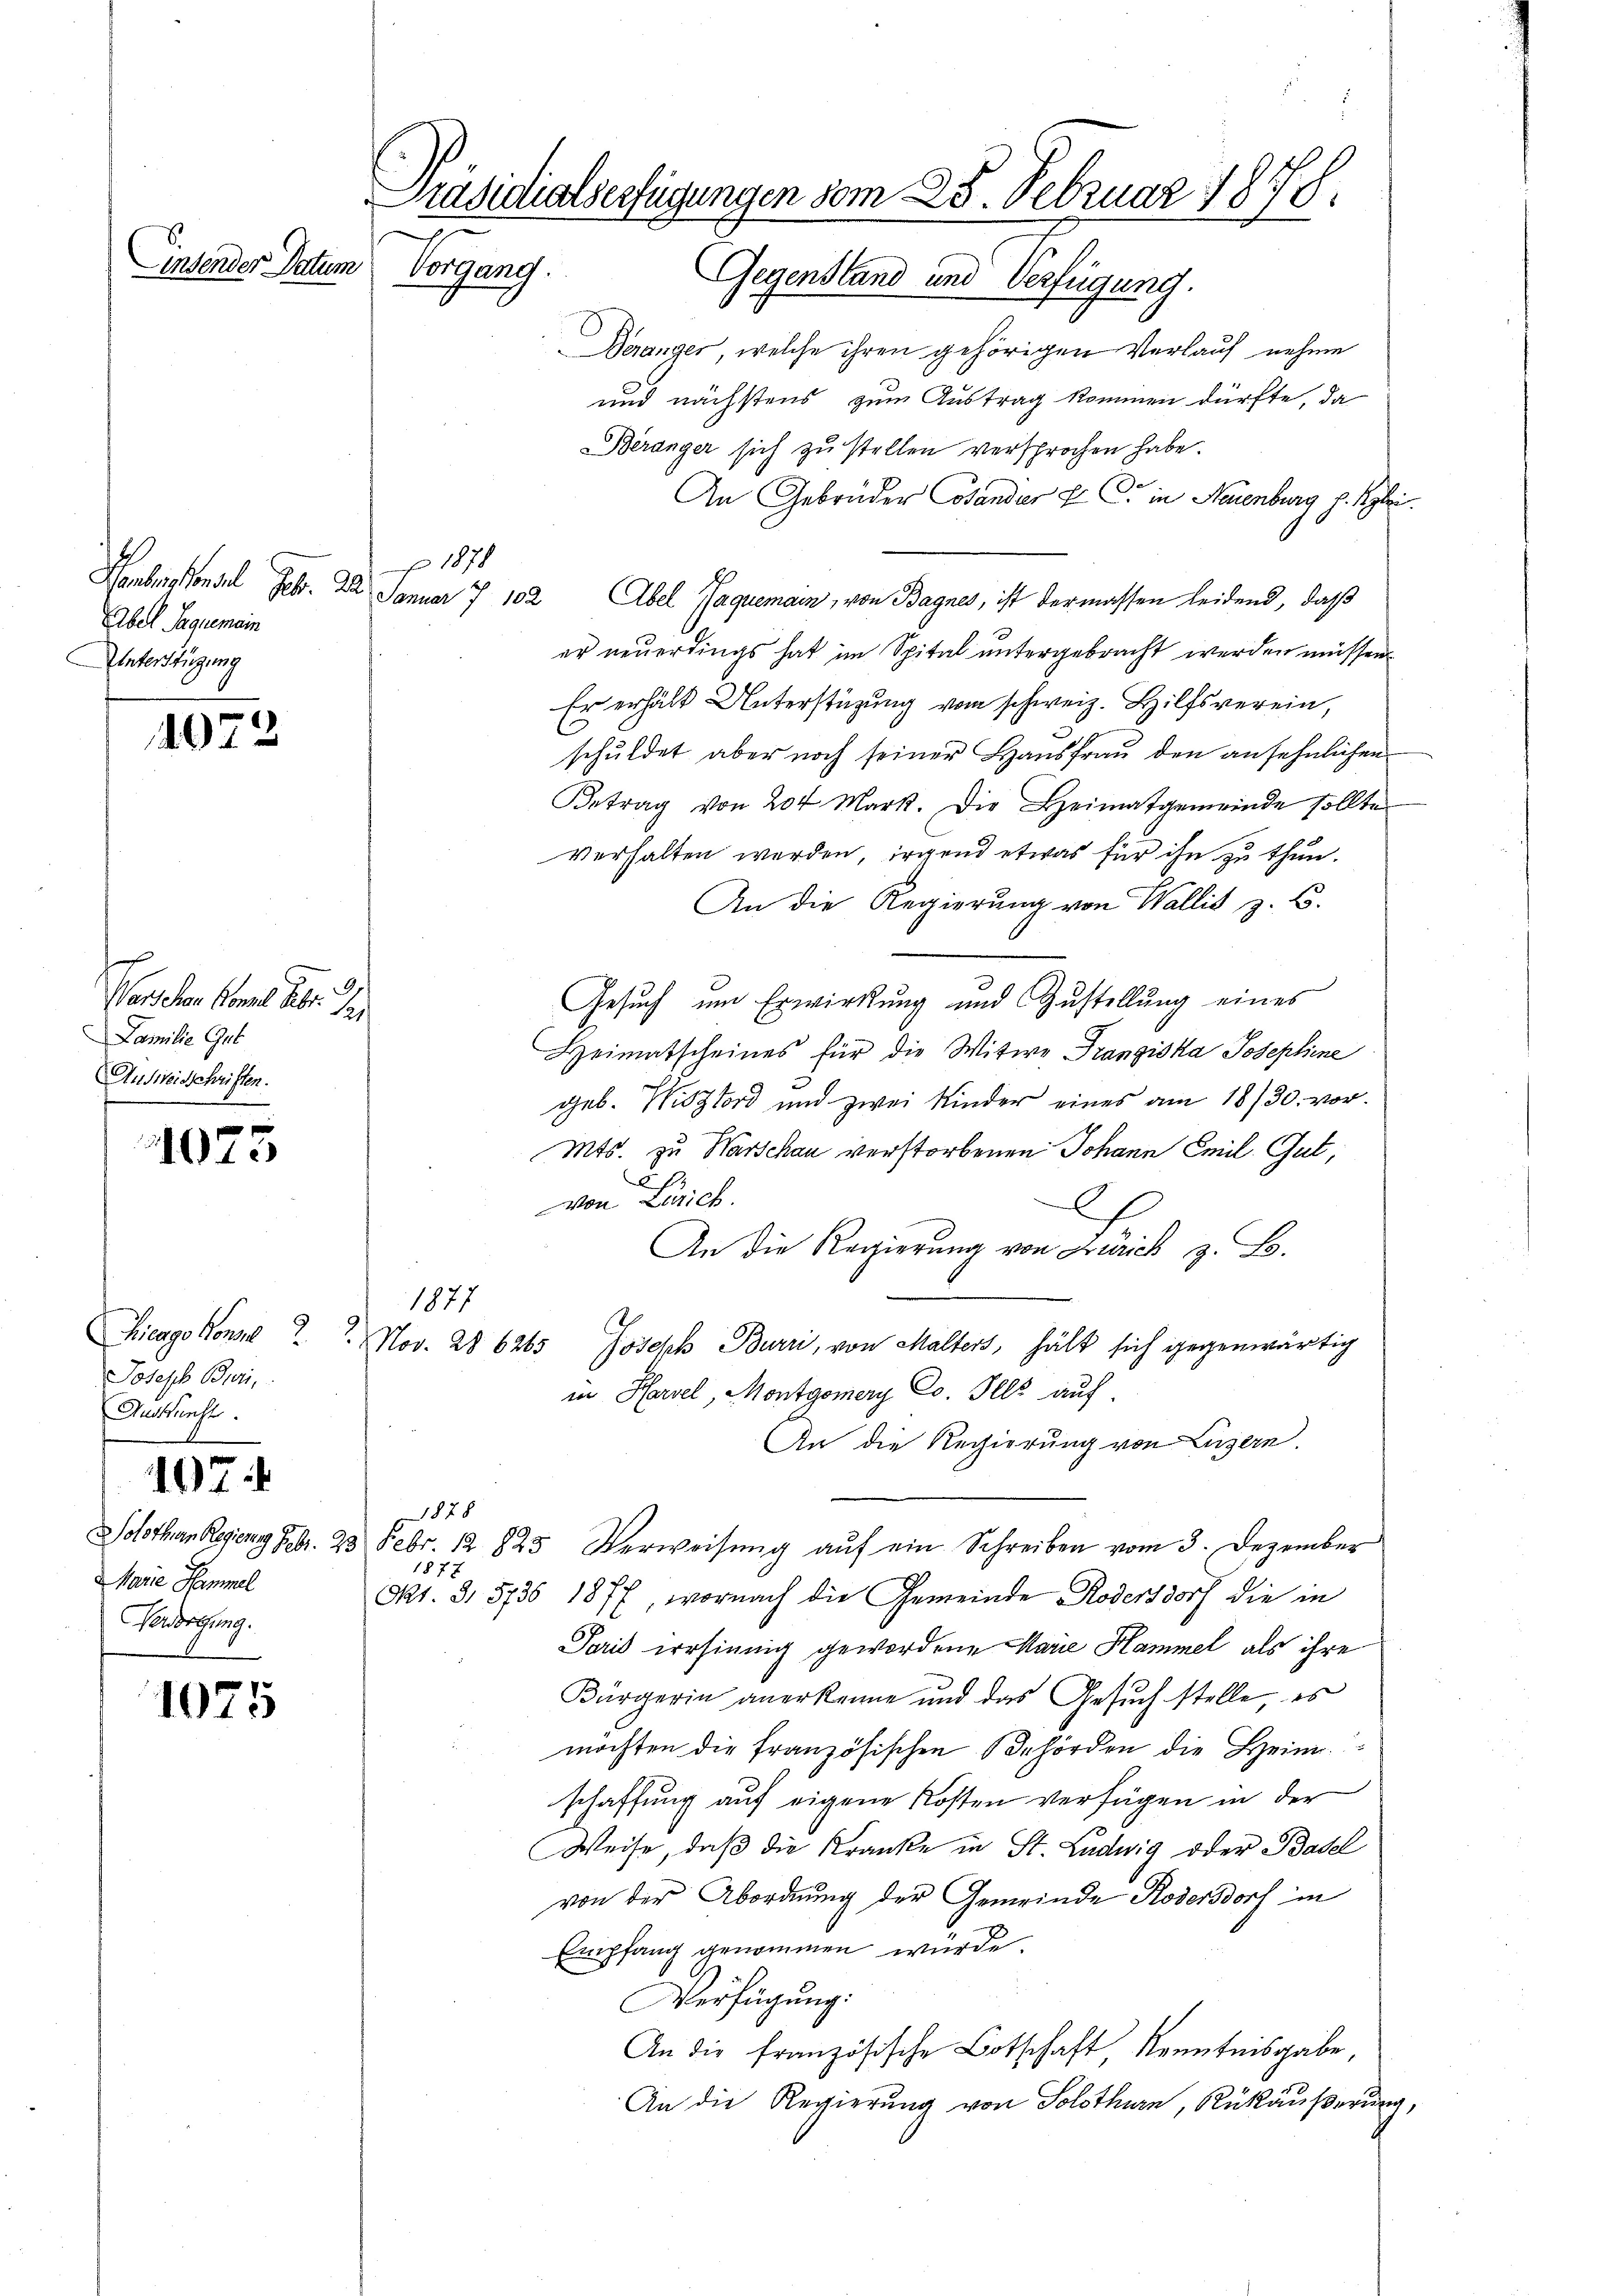
Einsender Datum

4072

Verschen komt aber J
Familie Gut
Ausweisschriften.
u

1073

407.

Solothurn Regierung Febr. 23
Marie Hemmel
Verdorffung.

1075

Aber Saguemein
Unterstüzung

Ficago konst 22
Joseph Bieri,
Auskunft.

Beranger, welche ihren gehörigen Verlauf nehme
und nächstens zum Austrag kommen dürfte, da
Beranger sich zu stellen versprochen habe.
An Gebrüder Cotander P. C. in Neuenburg h. Rybri
Henbesondel Febr. 22 Januar 7 102 Abel Jaquemain, von Bagnes, ist dermassen leidend, daß
er neuerdings hat im Spital untergebracht werden müssen
Er erhält Unterstüzung vom schweiz. Hilfsverein,
schuldet aber noch seiner Hausfrau den ansehnlichen
Betrag von 204 Mart. Die Heimatgemeinde sollte
verhalten werden, irgend etwas für ihn zu thun.
An die Regierung von Wallis z. B.
Gesuch um Erwirkung und Zustellung eines
Heimatscheines für die Witwe Franziska Josephine
geb. Wistord und zwei Kinder eines am 18/30. vor¬
Mts. zu Warschau verstorbenen Johann Emil Gut,
von Zürich.
h
An die Regierung von Zürich z. B.
1877
Nov. 28 6265 Joseph Burri, von Malters, hält sich gegenwärtig
in Harzel, Montgomery Co. Pelz auf
An die Regierung von Luzern.
828
Febr. 12 825 Verweisŭng aŭf ein Schreiben vom 3. Dezember
1877
Okt. 3, 5736 1877, wornach die Gemeinde Rodersdorf die in
Paris irrsinnig gewordene Marie Hammel als ihre
Bürgerin anerkenne und das Gesuch stelle, es
möchten die französischen Behörden die Hein
schaffung auf eigene Kosten verfügen in der
Weise, daß die Kranke in St. Ludwig oder Basel
von der Abordnung der Gemeinde Rodensdorf in
Empfang genommen wurde.
Verfügung:
An die französische Botschaft Kenntnisgabe,
An die Regierung von Solothurn, Rükäußerung

1870

Präsidialserfügungen vom 25. Februar 1878.
Vorgang.